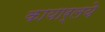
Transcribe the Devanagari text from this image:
कायार्लये